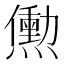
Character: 𬋒